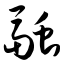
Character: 融